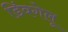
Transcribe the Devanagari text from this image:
डिंवगेलू